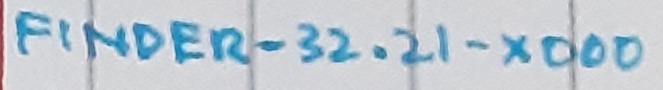
Text: FINDER-32.21.XD00